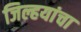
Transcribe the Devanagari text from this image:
जिल्हयांचा